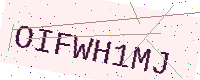
Text: OIFWH1MJ